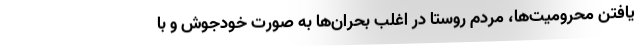
یافتن محرومیت‌ها، مردم روستا در اغلب بحران‌ها به صورت خودجوش و با